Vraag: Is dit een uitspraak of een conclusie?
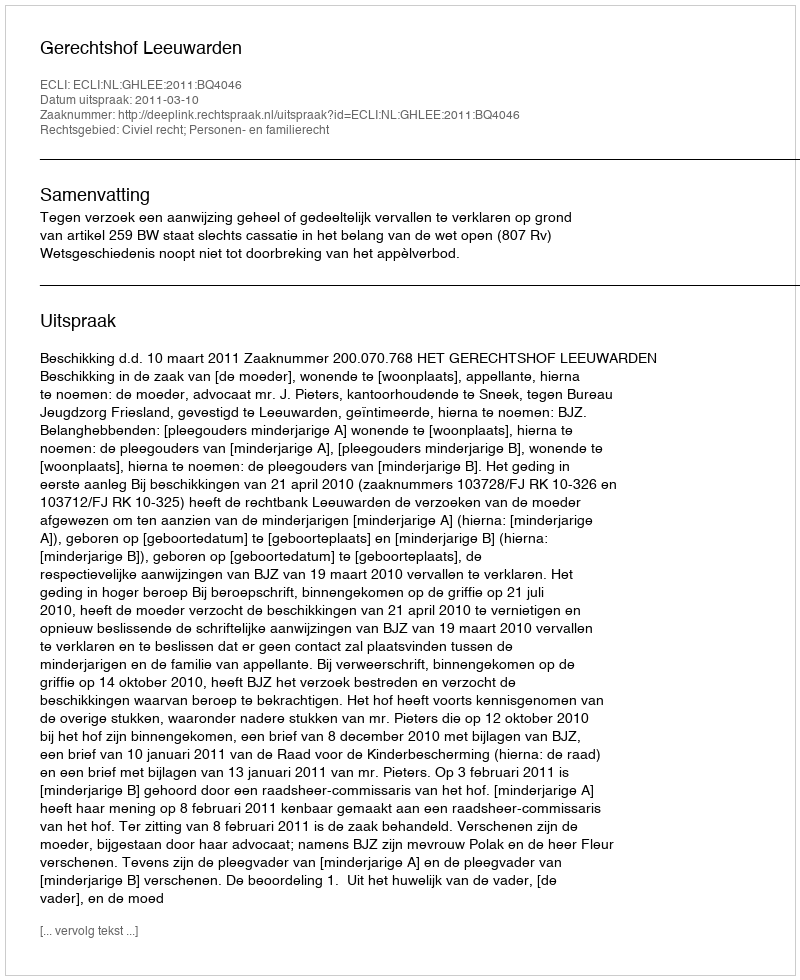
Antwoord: Uitspraak